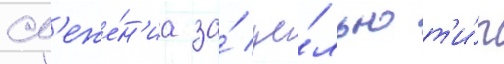
сл'еже́н'иа за́ це́лью т'и́п